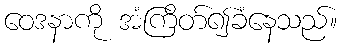
ဝေဒနာကို အံကြိတ်၍ခံနေသည်။